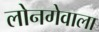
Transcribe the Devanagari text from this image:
लोनगेवाला